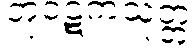
တုဝဋကသုတ္တ